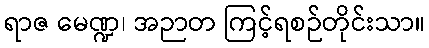
ရာဇ မေဏ္ဍ၊ အဉာတ ကြင့်ရစဉ်တိုင်းသာ။